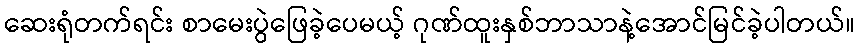
ဆေးရုံတက်ရင်း စာမေးပွဲဖြေခဲ့ပေမယ့် ဂုဏ်ထူးနှစ်ဘာသာနဲ့အောင်မြင်ခဲ့ပါတယ်။